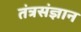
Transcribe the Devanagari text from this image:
तंत्रसंज्ञान